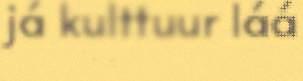
já kulttuur láá